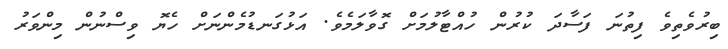
ބިރުވެތިވެ ފިތުނަ ފަސާދަ ކުރުން ހުއްޓާލުމަށް ގޮވާލަމެވެ. އަޅުގަނޑުމެންނަށް ހެޔޮ ވިސްނުން މިންވަރު